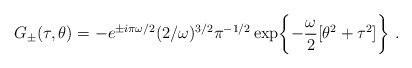
\begin{align*}G_{\pm} (\tau,\theta) = - e^{\pm i\pi\omega/2} (2/\omega)^{3/2}\pi^{-1/2}\exp\biggl\{ - \frac{\omega}{2} [\theta^2 + \tau^2 ] \biggr\}\ .\end{align*}